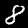
Digit: 8